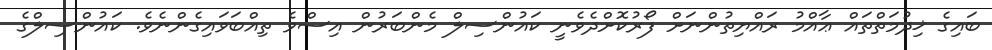
ބައިގެ ޚިދުމަތްތައް ޢާއްމު ރައްޔިތުންނަށް ފޯރުކޮށްދެވެނީ ކައުންސިލް މެންބަރުން އިސްވެ ތިއްބަވައިގެންނެވެ. ކައުންސިލްގެ